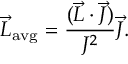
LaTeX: { \vec { L } } _ { \mathrm { { a v g } } } = { \frac { ( { \vec { L } } \cdot { \vec { J } } ) } { J ^ { 2 } } } { \vec { J } } .